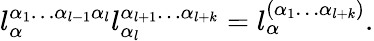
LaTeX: l_{\alpha}^{\alpha_{1}\ldots\alpha_{l-1}\alpha_{l}}l_{\alpha_{l}}^{\alpha_{l+1}\ldots\alpha_{l+k}}=l_{\alpha}^{(\alpha_{1}\ldots\alpha_{l+k})}.